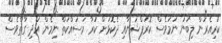
ކުރިއެރުން ލިބުނު ނަމަވެސް ކޮރަޕްޝަނާއި ދެކޮޅަށް ކުރާ މަސައްކަތް ނިމެން އަދި ގާތްވެސް